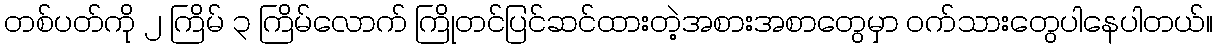
တစ်ပတ်ကို ၂ ကြိမ် ၃ ကြိမ်လောက် ကြိုတင်ပြင်ဆင်ထားတဲ့အစားအစာတွေမှာ ဝက်သားတွေပါနေပါတယ်။